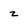
Character: z